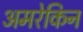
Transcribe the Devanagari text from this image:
अमरेकिन